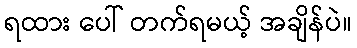
ရထား ပေါ် တက်ရမယ့် အချိန်ပဲ။